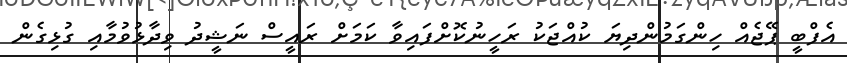
އެފްބީ ޕޭޖެއް ހިންގަމުންދިޔަ ކުއްޖަކު ރަހީނުކޮށްފައިވާ ކަމަށް ރައީސް ނަޝީދު ވިދާޅުވުމާއި ގުޅިގެން